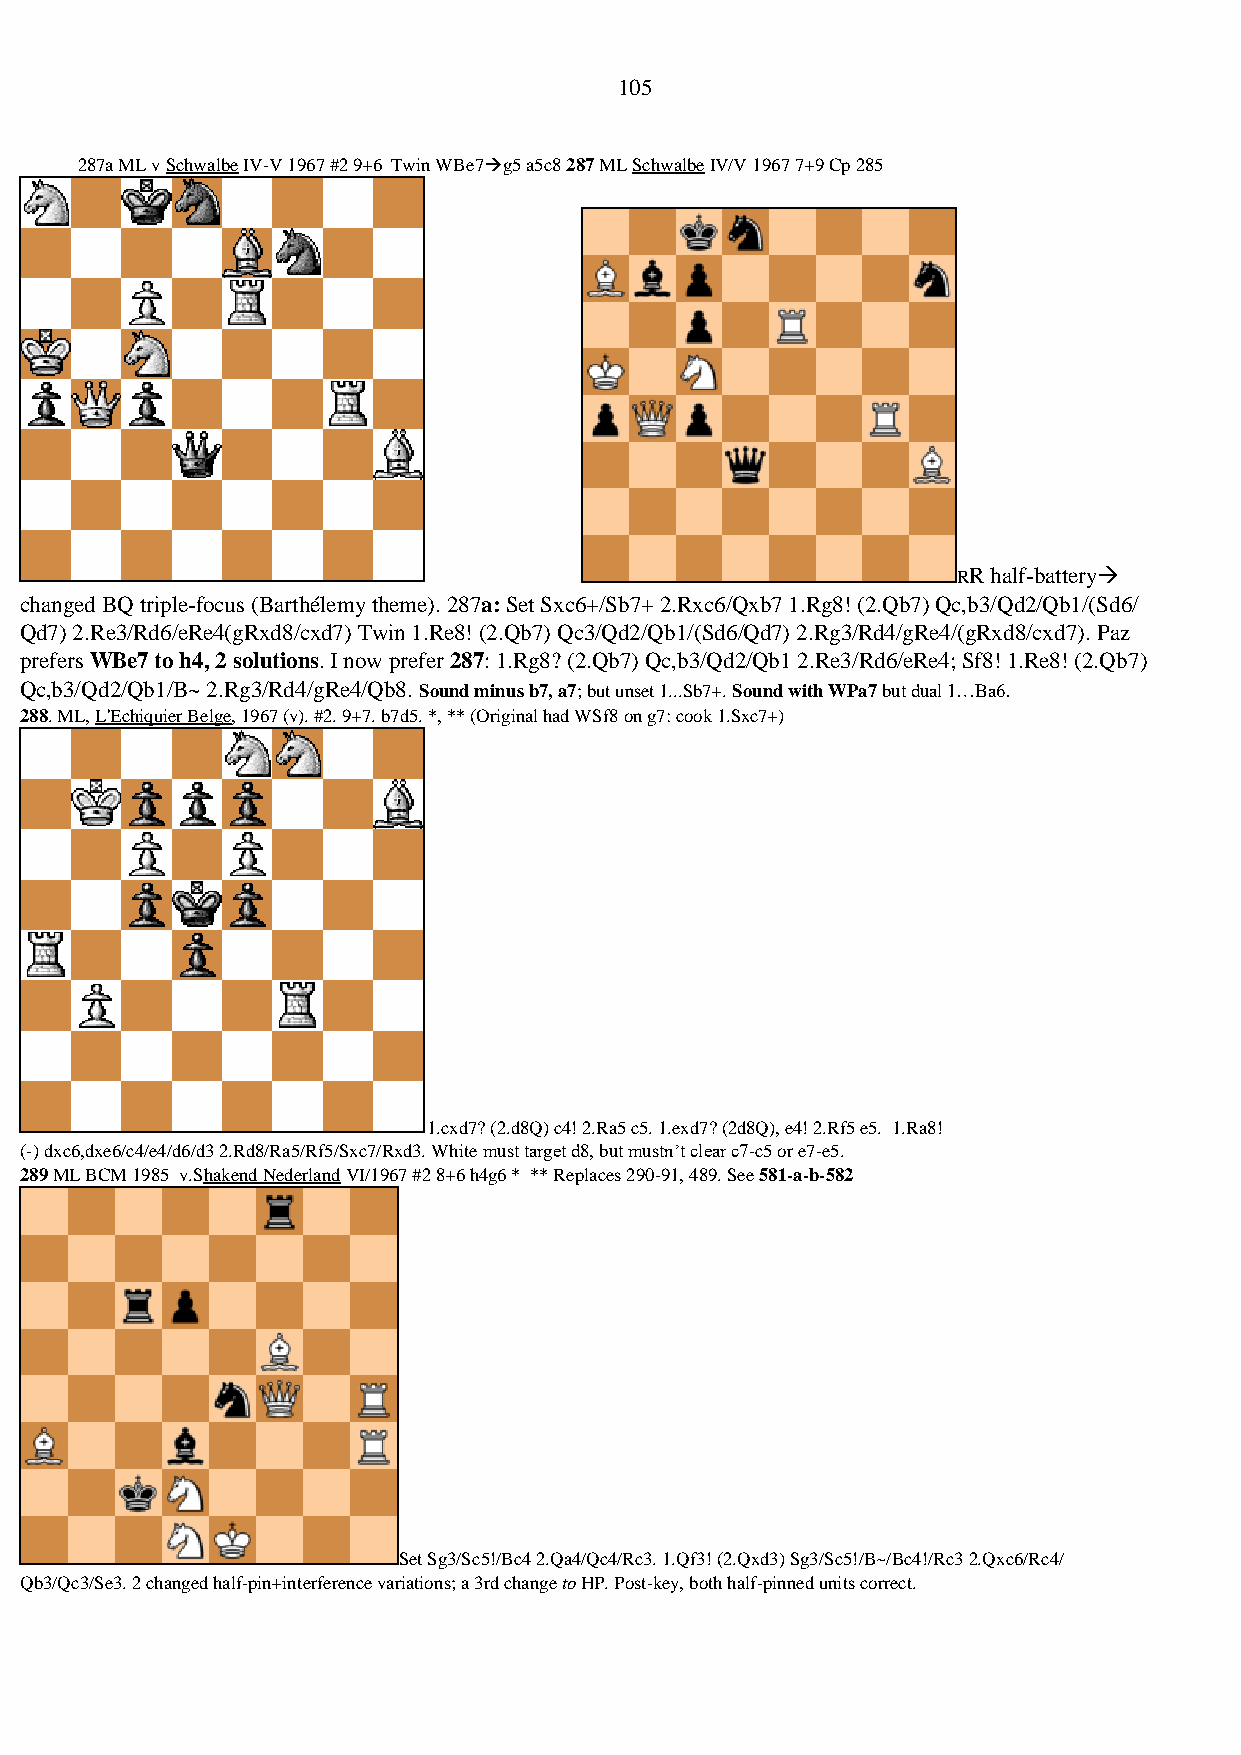
105
 287a ML v Schwalbe IV-V 1967 #2 9+6 Twin WBe7→g5 a5c8 287 ML Schwalbe IV/V 1967 7+9 Cp 285
 RR half-battery→
 changed BQ triple-focus (Barthélemy theme). 287a: Set Sxc6+/Sb7+ 2.Rxc6/Qxb7 1.Rg8! (2.Qb7) Qc,b3/Qd2/Qb1/(Sd6/
 Qd7) 2.Re3/Rd6/eRe4(gRxd8/cxd7) Twin 1.Re8! (2.Qb7) Qc3/Qd2/Qb1/(Sd6/Qd7) 2.Rg3/Rd4/gRe4/(gRxd8/cxd7). Paz
 prefers WBe7 to h4, 2 solutions. I now prefer 287: 1.Rg8? (2.Qb7) Qc,b3/Qd2/Qb1 2.Re3/Rd6/eRe4; Sf8! 1.Re8! (2.Qb7)
 Qc,b3/Qd2/Qb1/B~ 2.Rg3/Rd4/gRe4/Qb8. Sound minus b7, a7; but unset 1...Sb7+. Sound with WPa7 but dual 1…Ba6.
 288. ML, L'Echiquier Belge, 1967 (v). #2. 9+7. b7d5. *, ** (Original had WSf8 on g7: cook 1.Sxc7+)
 1.cxd7? (2.d8Q) c4! 2.Ra5 c5. 1.exd7? (2d8Q), e4! 2.Rf5 e5. 1.Ra8!
 (-) dxc6,dxe6/c4/e4/d6/d3 2.Rd8/Ra5/Rf5/Sxc7/Rxd3. White must target d8, but mustn’t clear c7-c5 or e7-e5.
 289 ML BCM 1985 v.Shakend Nederland VI/1967 #2 8+6 h4g6 * ** Replaces 290-91, 489. See 581-a-b-582
 Set Sg3/Sc5!/Bc4 2.Qa4/Qc4/Rc3. 1.Qf3! (2.Qxd3) Sg3/Sc5!/B~/Bc4!/Rc3 2.Qxc6/Rc4/
 Qb3/Qc3/Se3. 2 changed half-pin+interference variations; a 3rd change to HP. Post-key, both half-pinned units correct.